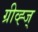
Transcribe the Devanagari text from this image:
ग्रीव्ह्ज्